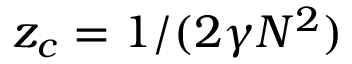
z _ { c } = 1 / ( 2 \gamma N ^ { 2 } )